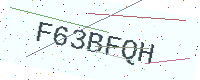
Text: F63BFQH